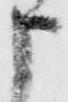
申